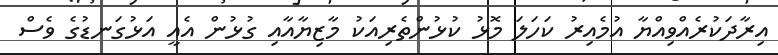
އިރާދަކުރެއްވިއްޔާ އުމެއިރު ކަހަލަ މޮޅު ކުޅުންތެރިއަކު މާޒިޔާއާއި ގުޅުން އެއީ އަޅުގަނޑުގެ ވެސް